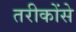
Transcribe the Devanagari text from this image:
तरीकोंसे